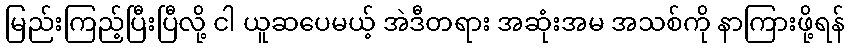
မြည်းကြည့်ပြီးပြီလို့ ငါ ယူဆပေမယ့် အဲဒီတရား အဆုံးအမ အသစ်ကို နာကြားဖို့ရန်